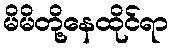
မိမိတို့နေထိုင်ရာ